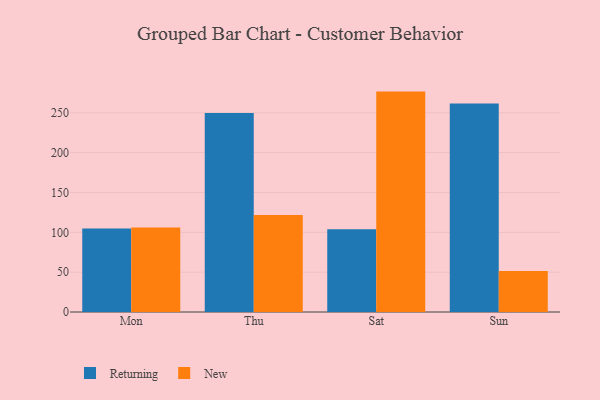
{"axis": {"x": "Day", "y": "Website Visitors"}, "legend": ["New", "Returning"], "data": [{"x": "Mon", "y": 104.7, "type": "Returning"}, {"x": "Mon", "y": 106.2, "type": "New"}, {"x": "Thu", "y": 249.8, "type": "Returning"}, {"x": "Thu", "y": 121.7, "type": "New"}, {"x": "Sat", "y": 103.7, "type": "Returning"}, {"x": "Sat", "y": 276.6, "type": "New"}, {"x": "Sun", "y": 261.6, "type": "Returning"}, {"x": "Sun", "y": 51.3, "type": "New"}]}